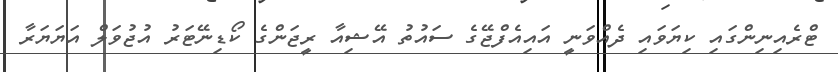
ޓްރެއިނިންގައި ކިޔަވައި ދެއްވަނީ އައިއެފްޖޭގެ ސައުތު އޭޝިއާ ރީޖަންގެ ކޯޑިނޭޓަރު އުޖުވަލް އަޔަޔަރާ